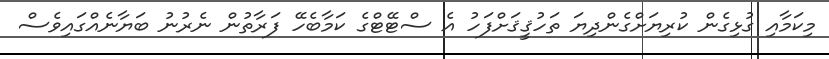
މިކަމާއި ގުޅިގެން ކުރިޔަށްގެންދިޔަ ތަހުޤީޤަށްފަހު އެ ސްޓޭޓްގެ ކަމާބެހޭ ފަރާތުން ނެރުނު ބަޔާނެއްގައިވެސް